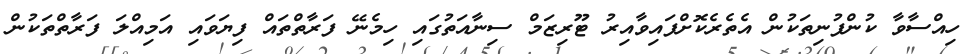
ހިއްސާވާ ކުންފުނިތަކުން އެތެރެކޮށްފައިވާއިރު ޓޫރިޒަމް ސިނާއަތުގައި ހިމެނޭ ފަރާތްތައް ފިޔަވައި އަމިއްލަ ފަރާތްތަކުން